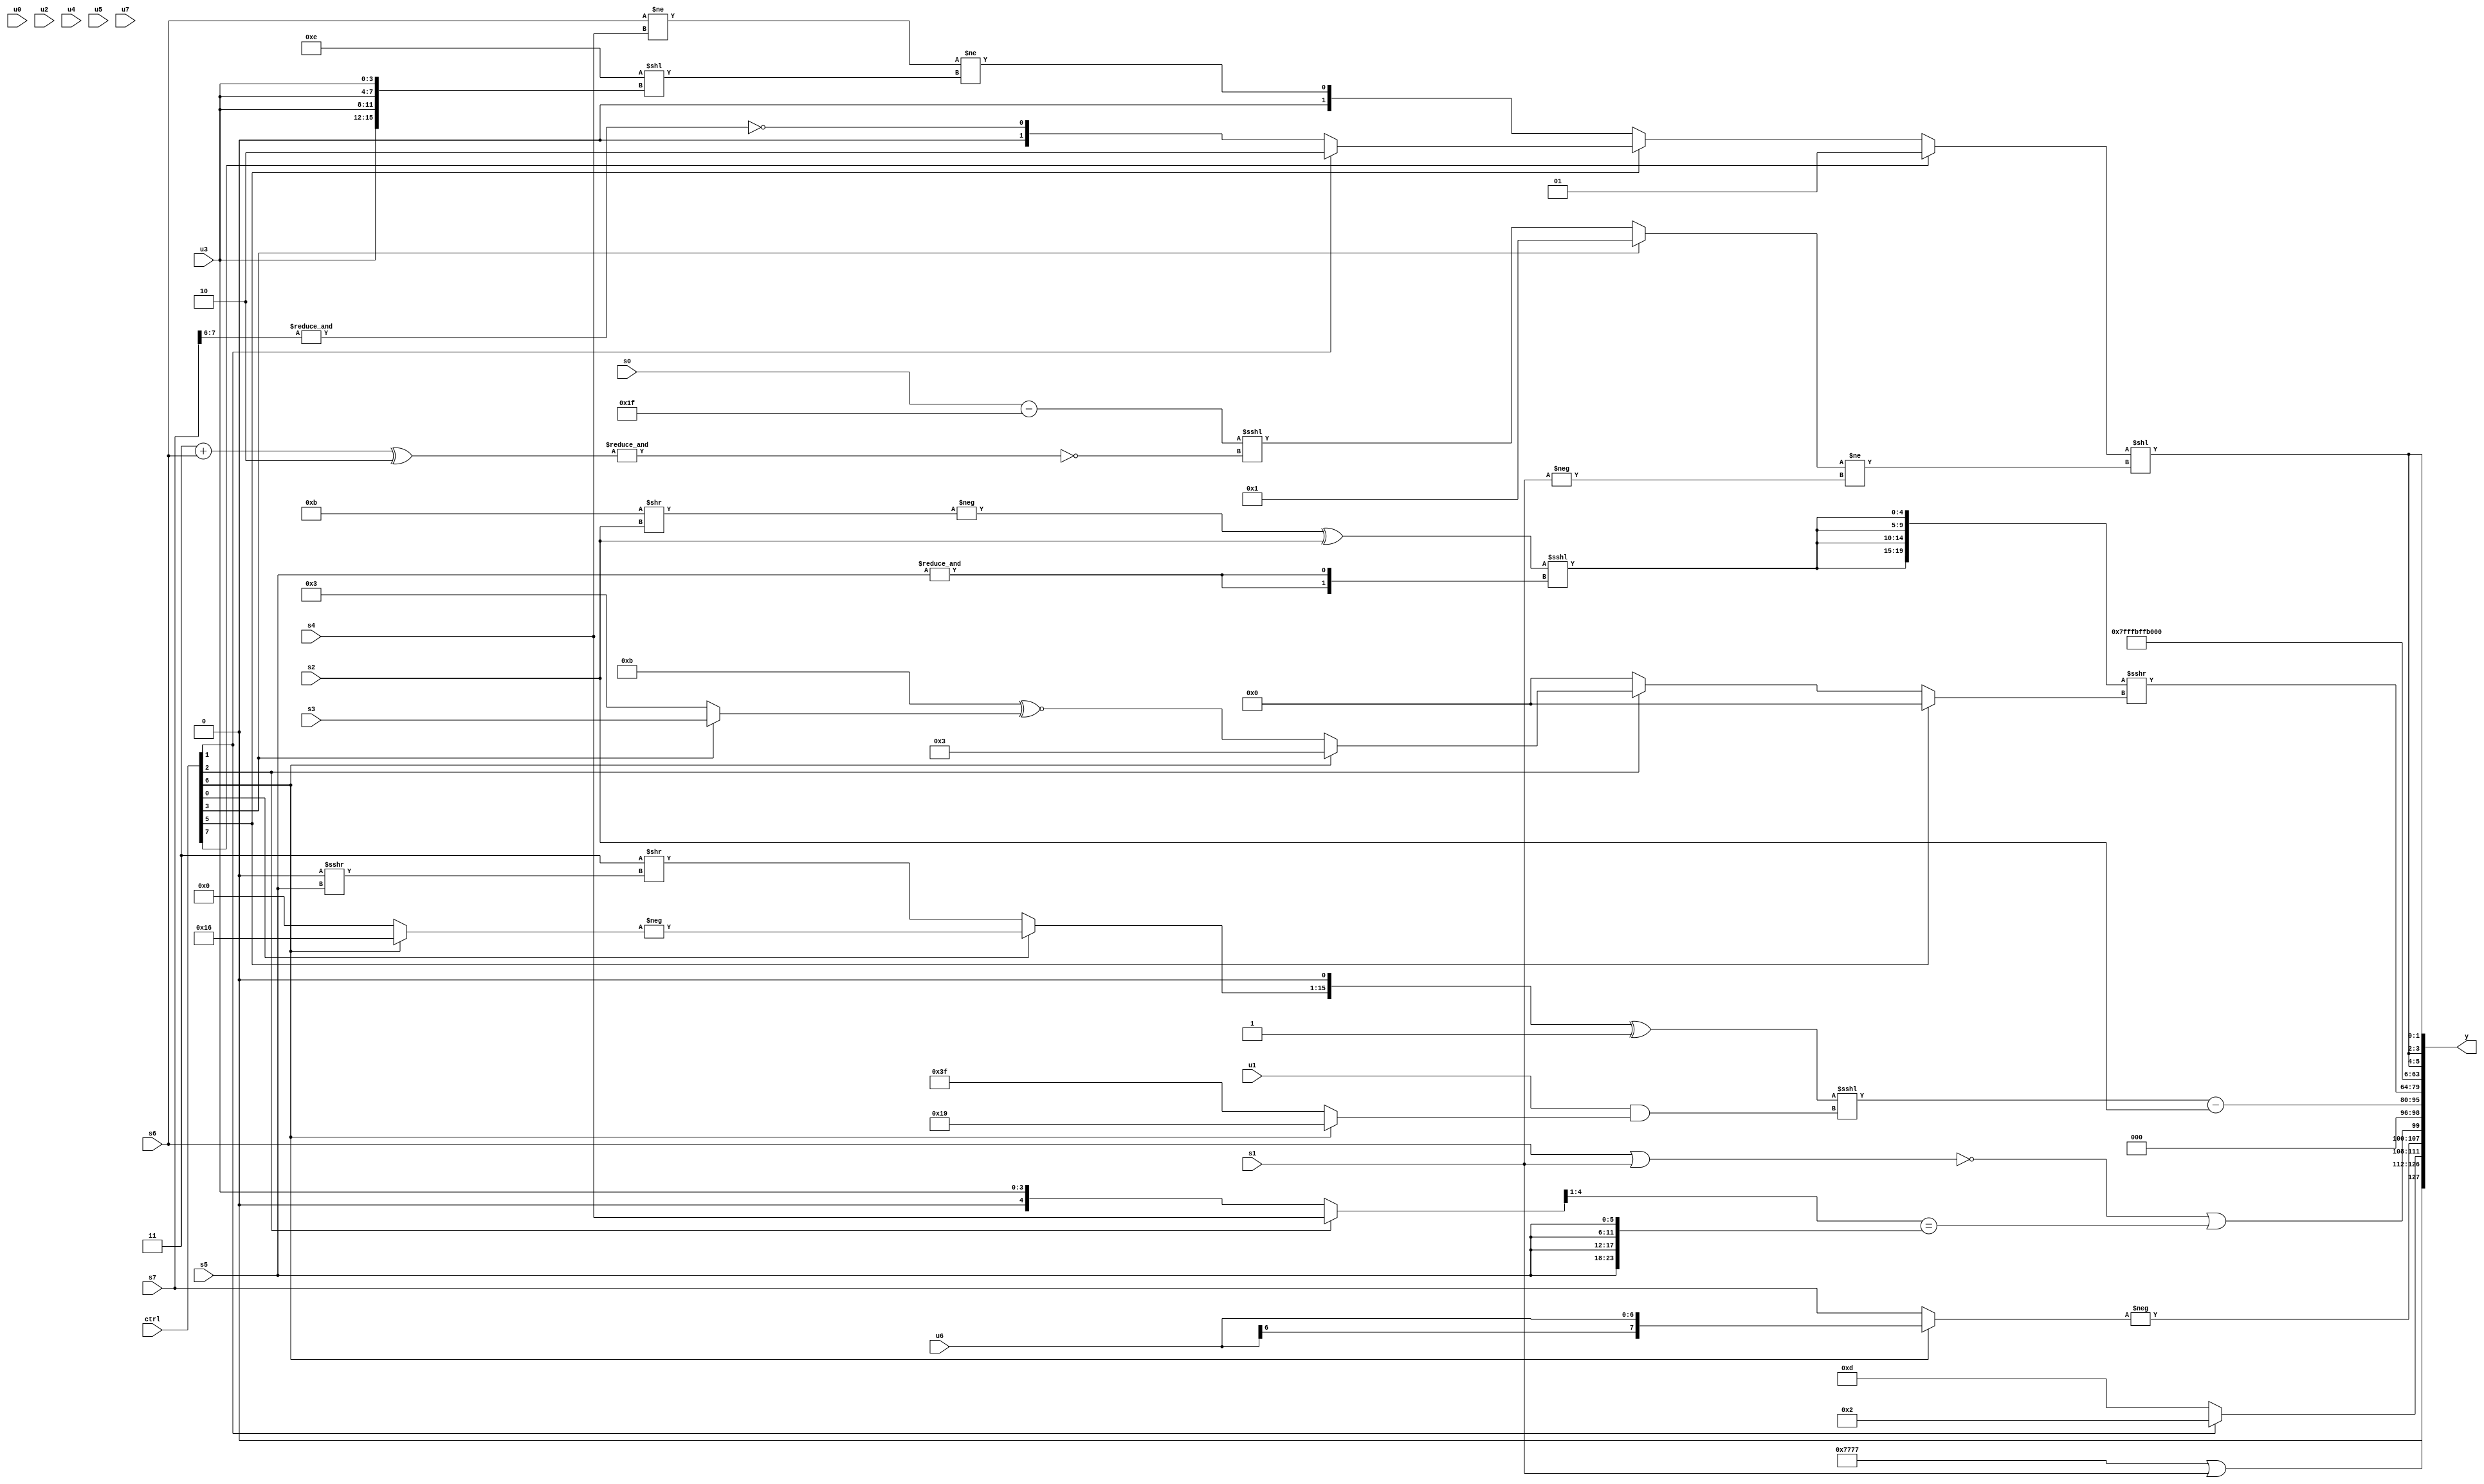
module wideexpr_00836(ctrl, u0, u1, u2, u3, u4, u5, u6, u7, s0, s1, s2, s3, s4, s5, s6, s7, y);
  input [7:0] ctrl;
  input [0:0] u0;
  input [1:0] u1;
  input [2:0] u2;
  input [3:0] u3;
  input [4:0] u4;
  input [5:0] u5;
  input [6:0] u6;
  input [7:0] u7;
  input signed [0:0] s0;
  input signed [1:0] s1;
  input signed [2:0] s2;
  input signed [3:0] s3;
  input signed [4:0] s4;
  input signed [5:0] s5;
  input signed [6:0] s6;
  input signed [7:0] s7;
  output [127:0] y;
  wire [15:0] y0;
  wire [15:0] y1;
  wire [15:0] y2;
  wire [15:0] y3;
  wire [15:0] y4;
  wire [15:0] y5;
  wire [15:0] y6;
  wire [15:0] y7;
  assign y = {y0,y1,y2,y3,y4,y5,y6,y7};
  assign y0 = ({4{4'b0111}})|(s1);
  assign y1 = ({(ctrl[4]?4'sb1111:(s3)<<<((ctrl[1]?(s0)<<<(5'sb00001):-(2'sb01)))),(ctrl[1]?5'sb00010:4'sb1101),-((ctrl[6]?$signed($signed(u6)):s7)),($signed(!((s6)|(s1))))|((((ctrl[2]?s4:u3))>>>(1'sb1))==({4{s5}}))})<<(2'sb11);
  assign y2 = (((((ctrl[0]?-((ctrl[6]?+(6'b010110):(1'b0)&(3'sb001))):($signed(2'b11))>>(((4'sb0110)==(3'sb011))>>>(s5))))<<(~&(5'b00100)))^(+(3'sb001)))<<<(($signed(u1))&((ctrl[6]?$signed($signed(6'sb011001)):$signed(1'sb1)))))-(s2);
  assign y3 = ({4{((-((5'sb11011)>>(s2)))^(s2))<<<({2{~(~&(s5))}})}})>>>((ctrl[5]?-(2'sb00):(ctrl[2]?(ctrl[6]?4'sb0011:((1'sb0)|(6'sb001011))^~((ctrl[3]?s3:4'sb0011))):$signed(2'sb00))));
  assign y4 = &(|($signed(2'sb10)));
  assign y5 = 2'sb10;
  assign y6 = 6'sb101100;
  assign y7 = {3{($signed($signed((ctrl[7]?2'b01:(ctrl[5]?(ctrl[1]?2'b10:~&((s7)>>>(6'b000110))):((s6)!=(s4))!=((4'b1110)<<({4{u3}})))))))<<(+(((ctrl[3]?+(2'b01):((s0)-($signed((5'sb00101)^~(4'b0101))))<<<(~&(((5'b00011)+(s6))^({2'sb10})))))!=(-({1{$signed($signed($signed(s1)))}}))))}};
endmodule